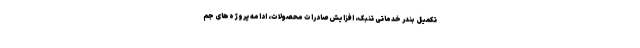
تکمیل بندر خدماتی تنبک، افزایش صادرات محصولات، ادامه پروژه‌های جم